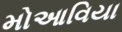
મોઆવિયા